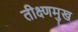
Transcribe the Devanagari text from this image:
तीक्ष्णमुख